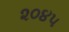
૨૦૪૫